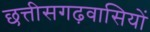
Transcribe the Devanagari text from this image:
छत्तीसगढ़वासियों